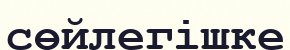
сөйлегішке